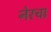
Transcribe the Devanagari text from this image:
नेरचा